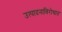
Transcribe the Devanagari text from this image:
उत्पादनाविरोधात